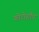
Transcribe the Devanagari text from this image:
फोटोशौप